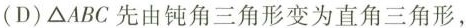
(D)\triangle ABC先由钝角三角形变为直角三角形，